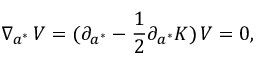
\nabla _ { a ^ { * } } \, V = ( \partial _ { a ^ { * } } - { \frac { 1 } { 2 } } \partial _ { a ^ { * } } K ) \, V = 0 ,